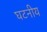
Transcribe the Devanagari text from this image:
घटनीय